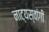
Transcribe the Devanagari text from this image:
नाट्यस्वांगी